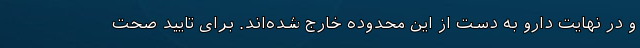
و در نهایت دارو به دست از این محدوده خارج شده‌اند. برای تایید صحت